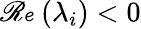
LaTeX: \mathscr{Re}(\lambda_{i})<0